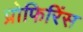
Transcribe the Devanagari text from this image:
प्रोफिरिंस